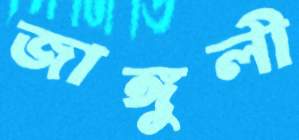
জাঙ্গুলী